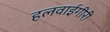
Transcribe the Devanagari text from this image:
हलवाईगीरी